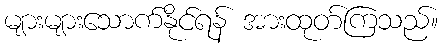
များများသောက်နိုင်ရန် အားထုတ်ကြသည်။